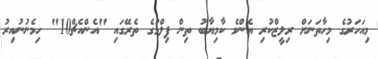
މިއަހަރުގެ މިހާތަނަށް ރިލީޒްކުރި އެންމެ ކާމިޔާބު ތިން ފިލްމުގެ ތެރޭގައި "އެންއެޗް10" ހިމެނުނުއިރު